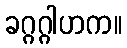
ခဂ္ဂဂ္ဂါဟက။